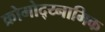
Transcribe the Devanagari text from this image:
क्रोमोद्य्नामिक